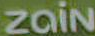
Zain